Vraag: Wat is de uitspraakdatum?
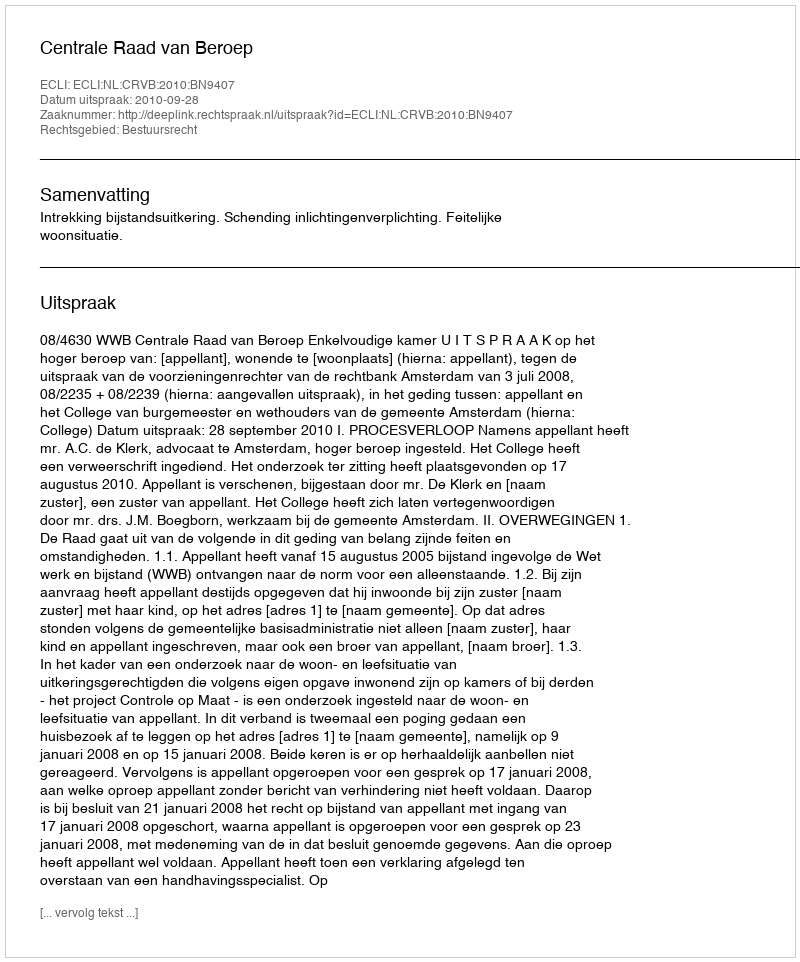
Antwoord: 2010-09-28